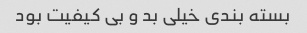
بسته بندی خیلی بد و بی کیفیت بود